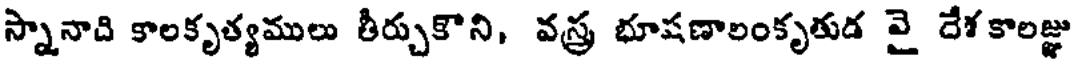
స్నానాది కాలకృత్యములు తీర్చుకొని, వస్త్ర భూషణాలంకృతుడ వై దేశ కాలజ్ఞు